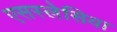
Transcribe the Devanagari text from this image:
एसस्लेसिया